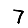
Digit: 7